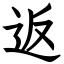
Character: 返